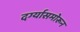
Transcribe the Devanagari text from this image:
दर्ग्यासमोरून